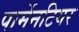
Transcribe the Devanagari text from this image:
पार्मेनटियर